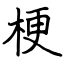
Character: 梗